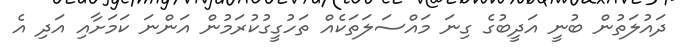
ދައުލަތުން ބުނީ އަދީބުގެ ގިނަ މައްސަލަތަކެއް ތަހުގީގުކުރަމުން އަންނަ ކަމަށާއި އަދި އެ